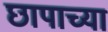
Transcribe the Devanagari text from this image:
छापाच्या